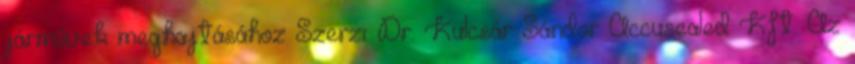
járművek meghajtásához Szerzı: Dr. Kulcsár Sándor Accusealed Kft. Az